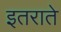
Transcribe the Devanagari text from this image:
इतराते